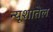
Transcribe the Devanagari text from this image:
न्यूशातेल